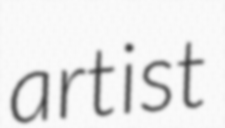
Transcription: artist